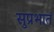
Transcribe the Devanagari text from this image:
सुप्रभातं